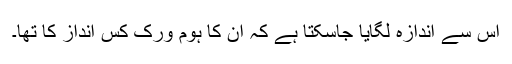
اس سے اندازہ لگایا جاسکتا ہے کہ ان کا ہوم ورک کس انداز کا تھا۔